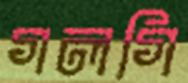
গলগি